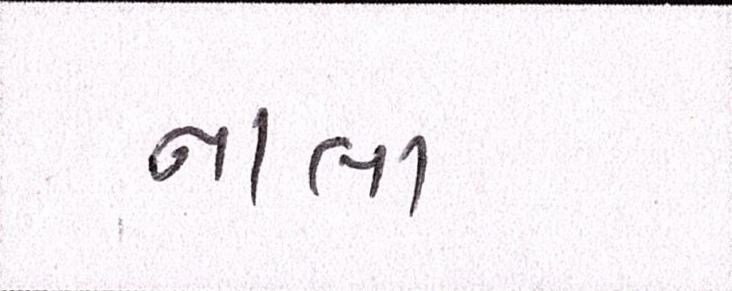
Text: નાલા